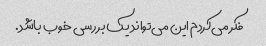
فکر می‌کردم این می‌تواند یک بررسی خوب باشد.